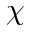
\chi